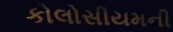
કોલોસીયમની